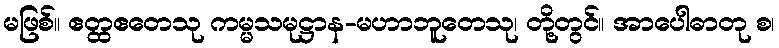
မဖြစ်။ ဧတ္ထဧတေသု ကမ္မသမုဋ္ဌာန-မဟာဘူတေသု၊ တို့တွင်။ အာပေါဓာတု စ၊